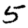
Digit: 5